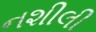
નશીલી